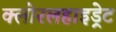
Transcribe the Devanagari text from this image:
क्लोरलहाइड्रेट